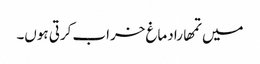
میں تمھارا دماغ خراب کرتی ہوں۔